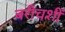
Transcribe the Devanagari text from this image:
बरीचशीं